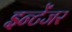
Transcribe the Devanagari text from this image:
इन्टेंजर